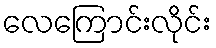
လေကြောင်းလိုင်း